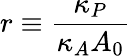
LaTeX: r\equiv\frac{\kappa_{P}}{\kappa_{A}A_{0}}